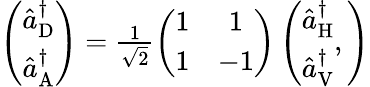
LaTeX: \begin{array}{r}{\left(\begin{array}{c}{\hat{a}_{\mathrm{D}}^{\dagger}}\\ {\hat{a}_{\mathrm{A}}^{\dagger}}\end{array}\right)=\frac{1}{\sqrt{2}}\left(\begin{array}{cc}{1}&{1}\\ {1}&{-1}\end{array}\right)\left(\begin{array}{c}{\hat{a}_{\mathrm{H}}^{\dagger}}\\ {\hat{a}_{\mathrm{V}}^{\dagger}}\end{array},\right)}\end{array}